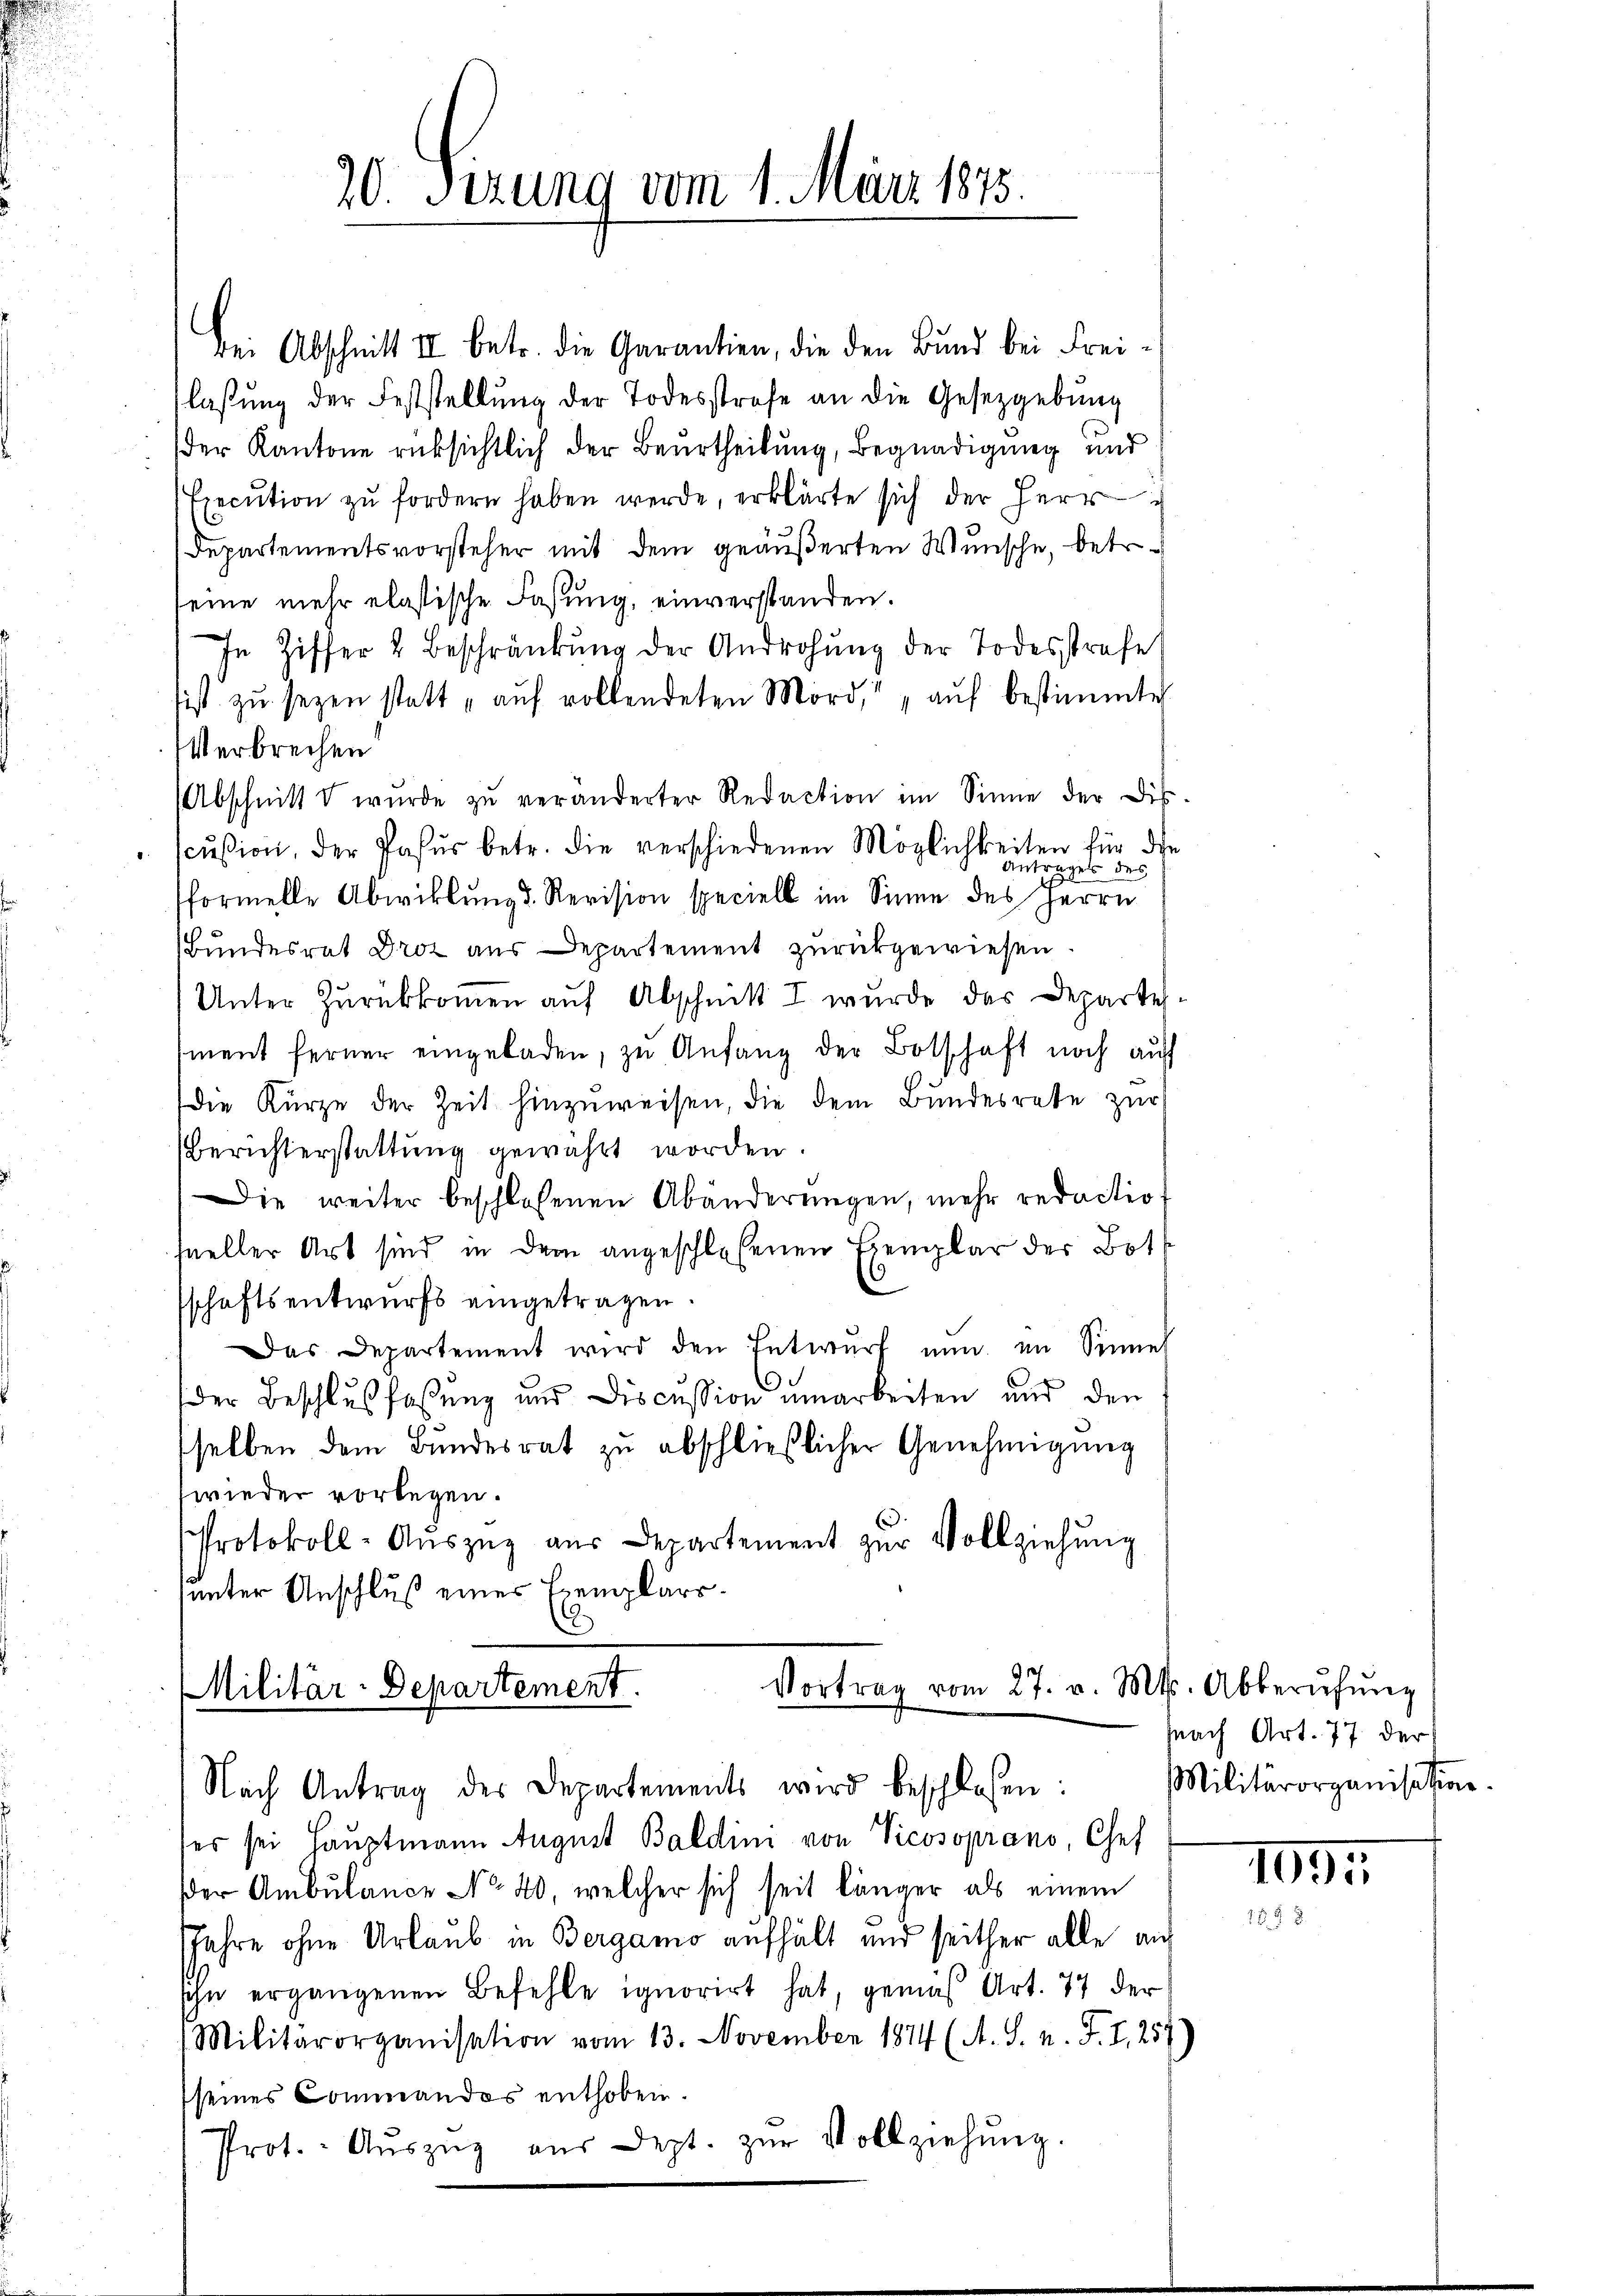
20. Sizung vom 1. März 1873.

Bei Abschnitt II betr. die Garantien, die den Bŭnd bei Freilaßung der Feststellung der Todesstrafe an die Gesetzgebung
der Kantone rücksichtlich der Beurtheilung, Begnadigung und
Execution zu fordern haben werde, erklärte sich der Herr
Departementsvorsteher mit dem geäußerten Wunsche, betr.
eine mehr elastische Faßung, einverstanden.
In Ziffer & Beschränkung der Androhŭng der Todesstrafe
sist zŭ seyen statt „auf vollendeten Mord, " " aŭf bestimmte
Verbrechen
(Abschnitt wŭrde zŭ veränderter Redaction im Sinne der Dis
scŭsion, der Pasŭr betr. die verschiedenen Möglichkeiten für die
Antrages des
formelle Abwicklung d. Revision speciell im Sinne des Herrn
Bundesrat Drot aus Departement zurückgewiesen.
Unter Zurükkommen auf Abschnitt I wurde das Departement ferner eingeladen, zu Anfang der Botschaft noch auff
die Kürze der Zeit hinzuweisen, die dem Bundesrate zur
Berichterstattung gewährt worden.
Die weiter beschlossenen Abänderungen, mehr redactiofueller Art sind in dem angeschlossenen Bemplar der Bot¬
6
schaftsentwurfs eingetragen.
Das Departement wird den Entwurf nun im Sinne
der Beschlußfaßung und Discussion umarbeiten und den
sselben dem Bŭndesrat zŭ abschließlicher Genehmigung
wieder vorlegen.
Protokoll-Aŭszŭg aŭs Departement zŭr Vollziehŭng
unter Anschluß eines Exemplars¬

Vortrag vom 27. v. Mts. Abberŭfŭng
Militär-Departement.
Nach Antrag des Departements wird beschlossen:

ser sei Hauptmann August Baldini von Vicosoprano, Chef
der Ambulance No 40, welcher sich seit länger als einem
Jahre ohne Urlaub in Bergamo aufhält und seither alle auf
sihn ergangenen Befehle ignorirt hat, gemäß Art. 77 der
Militärorganisation vom 13. November 1874 (A. S. n. F. I, 257)
seines Commandos enthoben.
Prot. Aŭszŭg aŭs dept. zŭr Vollziehŭng.

Nach Art. 77 der
Militärorganisation.

1093
17 x